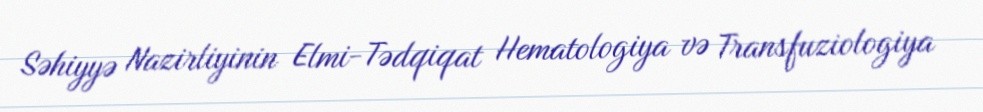
Səhiyyə Nazirliyinin Elmi-Tədqiqat Hematologiya və Transfuziologiya